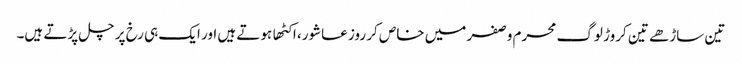
تین ساڑهے تین کروڑ لوگ محرم وصفر میں خاص کر روز عاشور، اکٹها ہوتے ہیں اور ایک ہی رخ پر چل پڑتے ہیں۔